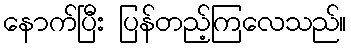
နောက်ပြီး ပြန်တည့်ကြလေသည်။